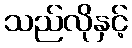
သည်လိုနှင့်